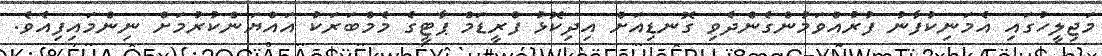
މަޖިލީހުގައި އެމަނިކުފާނު ފުރުއްވަމުންގެންދެވި ގޮނޑިއަށް އިދިކޮޅު ފްރީޑަމް ޕާޓީގެ މެމްބަރަކު އައްޔަންކުރުމަށް ނިންމައިފިއެވެ.